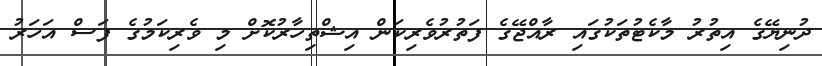
ދުނިޔޭގެ އިތުރު މާކެޓުތަކުގައި ރާއްޖޭގެ ފަތުރުވެރިކަން އިޝްތިހާރުކޮށް މި ވެރިކަމުގެ ފަސް އަހަރު